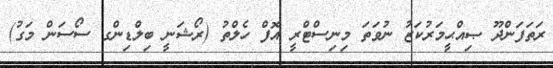
ރަތަފަންދޫ ޞިއްޙީމަރުކަޒު ނުވަތަ މިނިސްޓްރީ އޮފް ހެލްތު (ރޯޝަނީ ބިލްޑިންގ ސޯސަން މަގު)